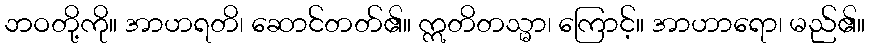
ဘဝတို့ကို။ အာဟရတိ၊ ဆောင်တတ်၏။ ဣတိတသ္မာ၊ ကြောင့်။ အာဟာရော၊ မည်၏။